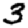
Digit: 3